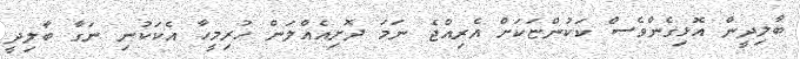
ބާލިދީން އޮޅިގެންވެސް ކަކުންޏަކަށް އެރިއްޖެ ނަމަ ދޮށިއެއްލަން ހުރިމީހާ އެކަކުނި ނަގާ ބާލިދީ